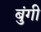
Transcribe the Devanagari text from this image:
बुंगी